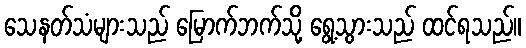
သေနတ်သံများသည် မြောက်ဘက်သို့ ရွေ့သွားသည် ထင်ရသည်။